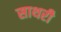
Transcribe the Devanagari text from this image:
साथरी